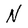
Character: N